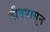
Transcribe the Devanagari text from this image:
दीवपासून